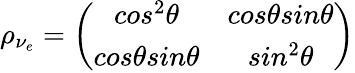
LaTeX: \rho_{\nu_{e}}=\left(\begin{array}{cc}{{cos^{2}\theta}}&{{cos\theta sin\theta}}\\ {{cos\theta sin\theta}}&{{sin^{2}\theta}}\end{array}\right)